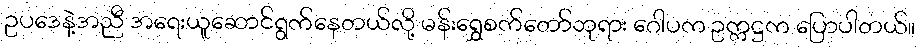
ဥပဒေနဲ့အညီ အရေးယူဆောင်ရွက်နေတယ်လို့ မန်းရွှေစက်တော်ဘုရား ဂေါပက ဥက္ကဋ္ဌက ပြောပါတယ်။